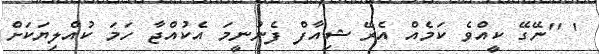
' ''ނޭގޭ ކީއްވެ ކަމެއް އެރޭ ޝިއާފް ފެނުނީމަ އެކުއްޖާ ހަމަ ކުއްލިޔަކަށް